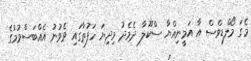
މެގަ މޯލްޑިވްސް އާ އަމީނިއްޔާ ސްކޫލާ ދެމެދު މިދިޔަ ހަފުތާގައި ވެވުނު އެއްބަސްވުމުގެ